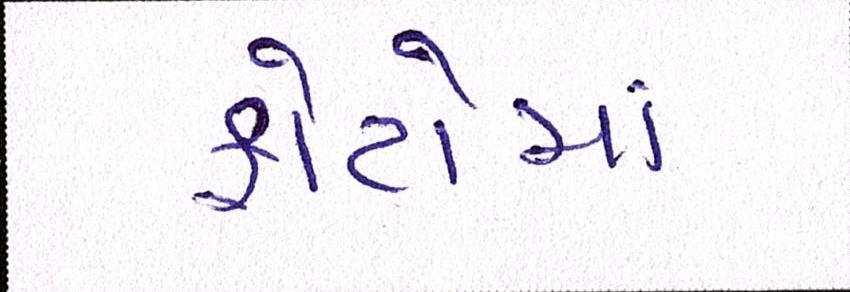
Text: ફોટોમાં